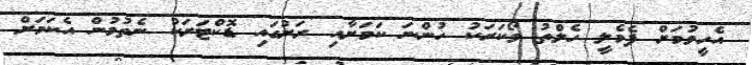
އެހީވުމަށް ފެމެލީ ހެލްތު ވޯކަރަކު ހުންނަ ކަމަށާއި ރަށުގައި ޑޮކްޓަރަކު ނެތުމުން އެކަމަށް